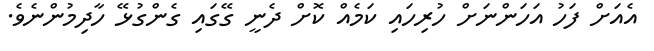
އެއަށް ފަހު އަހަންނަށް ހުރިހައި ކަމެއް ކޮށް ދެނީ ގޭގައި ގެންގުޅޭ ހާދިމުންނެވެ.